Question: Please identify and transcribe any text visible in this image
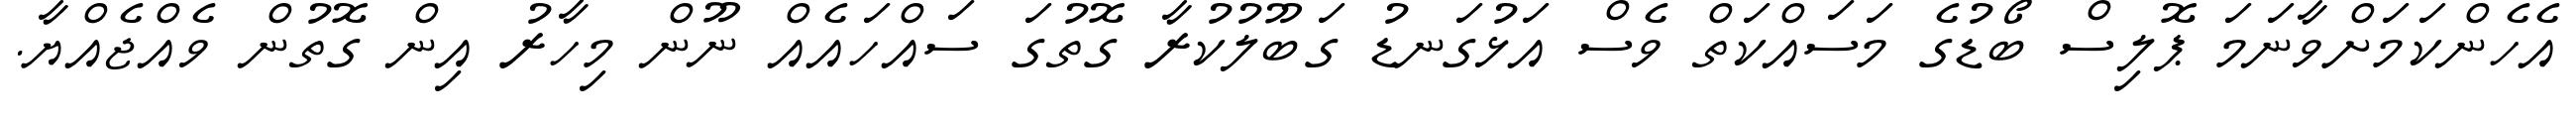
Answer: އެހެންކަމަށްވާނަމަ ޕޮލިސް ބޯޑުގެ މަސައްކަތް ވެސް އަޅުގަނޑު ގަބޫލުކުރާ ގޮތުގަ ސައްހައެއް ނޫން މިހާރު އިން ގޮތުން ވެއްޖެއްޔާ.